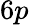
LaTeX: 6p